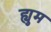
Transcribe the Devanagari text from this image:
ह्युम